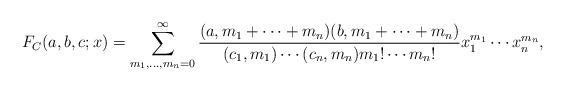
LaTeX: \begin{align*} F_C (a,b,c ;x ) =\sum_{m_1 ,\ldots ,m_n =0} ^{\infty } \frac{(a,m_1 +\cdots +m_n )(b,m_1 +\cdots +m_n )} {(c_1 ,m_1 )\cdots (c_n ,m_n ) m_1 ! \cdots m_n !} x_1 ^{m_1} \cdots x_n^{m_n} ,\end{align*}